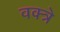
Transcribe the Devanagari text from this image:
वक्त्रे